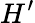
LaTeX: H^{\prime}